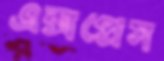
এক্সপ্রেস